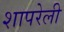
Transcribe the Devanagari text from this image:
शापरेली